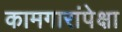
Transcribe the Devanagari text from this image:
कामगारांपेक्षा